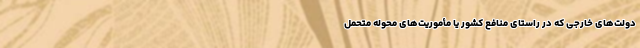
دولت‌های خارجی که در راستای منافع کشور یا مأموریت‌های محوله متحمل